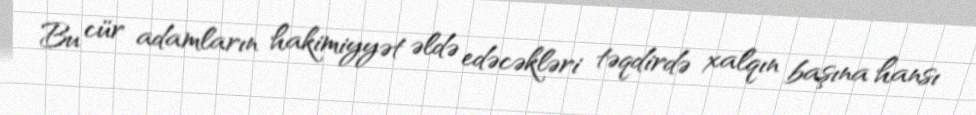
Bu cür adamların hakimiyyət əldə edəcəkləri təqdirdə xalqın başına hansı